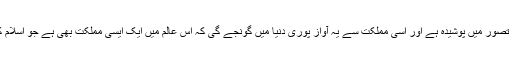
ان کی حفاظت، نجات اور تقدیر کا راز اسی تصور میں پوشیدہ ہے اور اسی مملکت سے یہ آواز پوری دنیا میں گونجے گی کہ اس عالم میں ایک ایسی مملکت بھی ہے جو اسلام کی عظمت رفتہ کو از سر نوزندہ کرے گی۔